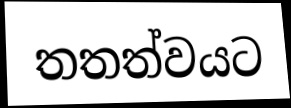
තතත්වයට